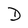
Character: D